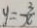
y = \frac { 3 } { x }